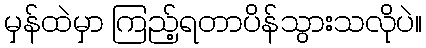
မှန်ထဲမှာ ကြည့်ရတာပိန်သွားသလိုပဲ။